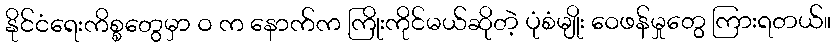
နိုင်ငံရေးကိစ္စတွေမှာ ဝ က နောက်က ကြိုးကိုင်မယ်ဆိုတဲ့ ပုံစံမျိုး ဝေဖန်မှုတွေ ကြားရတယ်။